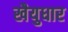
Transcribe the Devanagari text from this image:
खैयुधार